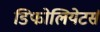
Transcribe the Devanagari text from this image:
डिफोलियेटर्स